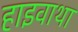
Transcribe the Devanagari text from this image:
हाइवाथा